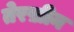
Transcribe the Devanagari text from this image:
तेरख़ीन